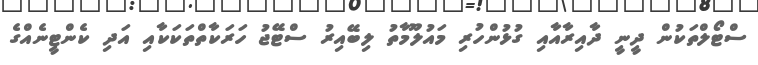
ސްޓޯލްތަކުން ދީނީ ދާއިރާއާއި ގުޅުންހުރި މައުލޫމާތު ލިބޭއިރު ސްޓޭޖު ހަރަކާތްތަކަކާއި އަދި ކެންޓީނެއްގެ